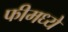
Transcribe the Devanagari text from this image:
फीमध्ये